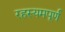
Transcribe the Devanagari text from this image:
रहस्यमपूर्ण